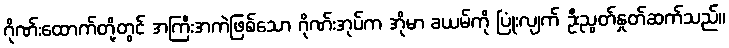
ဂိုဏ်းထောက်တို့တွင် အကြီးအကဲဖြစ်သော ဂိုဏ်းအုပ်က အိုမာ ခယမ်ကို ပြုံးလျက် ဦးညွတ်နှုတ်ဆက်သည်။